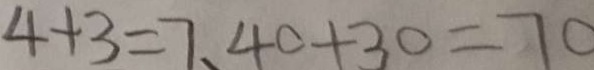
4 + 3 = 7 、 4 0 + 3 0 = 7 0